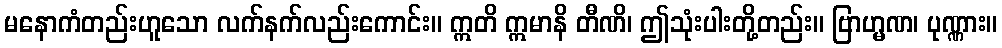
မနောကံတည်းဟူသော လက်နက်လည်းကောင်း။ ဣတိ ဣမာနိ တီဏိ၊ ဤသုံးပါးတို့တည်း။ ဗြာဟ္မဏ၊ ပုဏ္ဏား။